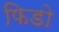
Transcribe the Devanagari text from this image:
फिडो